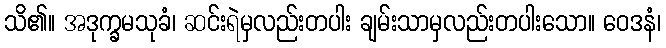
သိ၏။ အဒုက္ခမသုခံ၊ ဆင်းရဲမှလည်းတပါး ချမ်းသာမှလည်းတပါးသော။ ဝေဒနံ၊